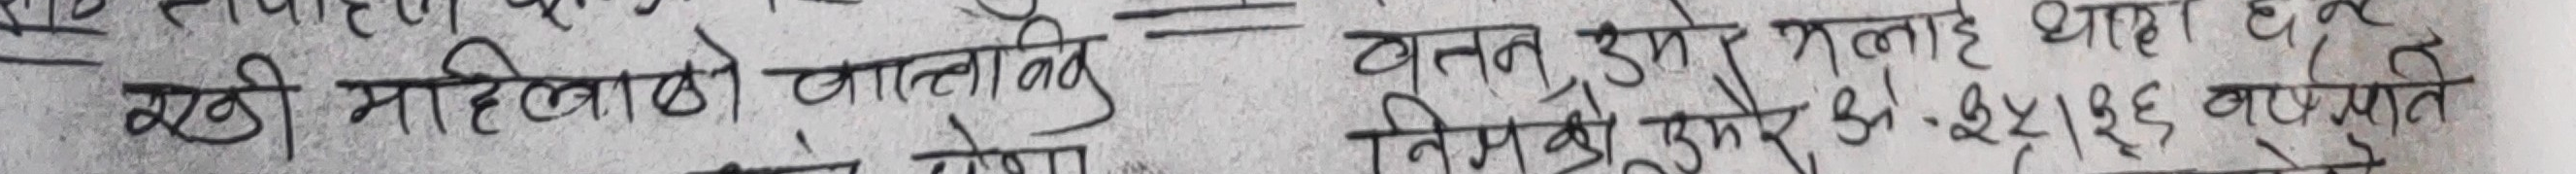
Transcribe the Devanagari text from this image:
सखी महिलाको चाबीनु वतन, उमेर भन्नाले और
निमको उमेर अ.ई. २।। १ई बरमात